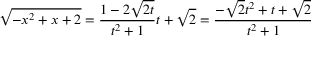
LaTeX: { \sqrt { - x ^ { 2 } + x + 2 } } = { \frac { 1 - 2 { \sqrt { 2 t } } } { t ^ { 2 } + 1 } } t + { \sqrt { 2 } } = { \frac { - { \sqrt { 2 } } t ^ { 2 } + t + { \sqrt { 2 } } } { t ^ { 2 } + 1 } }